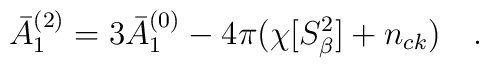
\bar{A}_1^{(2)}=3\bar{A}_1^{(0)}-4\pi(\chi[S^2_\beta]+n_{ck})~~~.